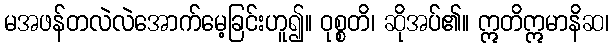
မအဖန်တလဲလဲအောက်မေ့ခြင်းဟူ၍။ ဝုစ္စတိ၊ ဆိုအပ်၏။ ဣတိဣမာနိဆ၊